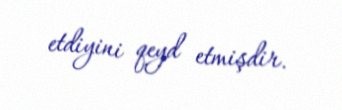
etdiyini qeyd etmişdir.